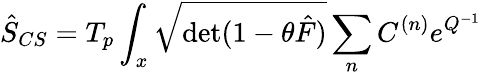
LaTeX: \hat{S}_{CS}=T_{p}\int_{x}{\sqrt{\mathrm{det}(1-\theta\hat{F})}}\sum_{n}C^{(n)}e^{Q^{-1}}